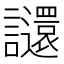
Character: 𧮅